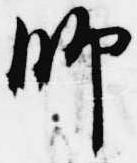
師